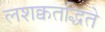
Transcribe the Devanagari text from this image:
लशक्वतद्धिते